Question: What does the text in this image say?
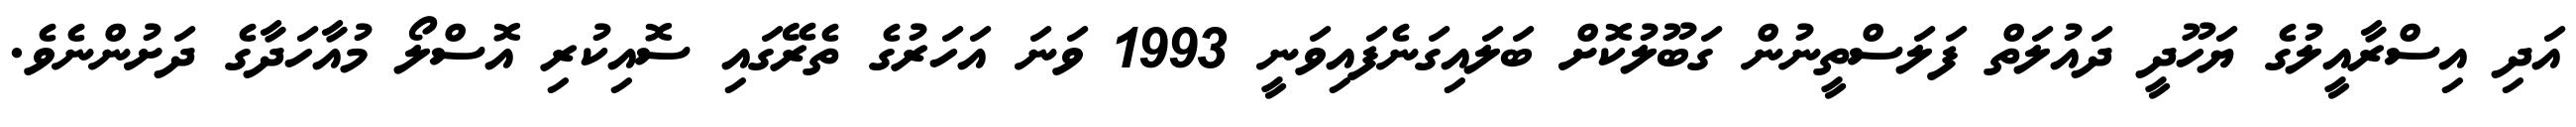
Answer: އަދި އިސްރާއީލުގެ ޔަހޫދީ ދައުލަތް ފަލަސްތީނުން ގަބޫލުކޮށް ބަލައިގަނެފައިވަނީ 1993 ވަނަ އަހަރުގެ ތެރޭގައި ސޮއިކުރި އޮސްލޯ މުއާހަދާގެ ދަށުންނެވެ.